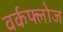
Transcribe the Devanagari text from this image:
वर्कफ्लोज